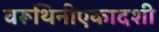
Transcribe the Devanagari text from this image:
वरूथिनीएकादशी